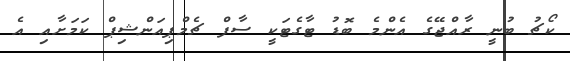
ކޯޗު ބުނީ ރާއްޖޭގެ އެންމެ ބޮޑު ޓާގެޓަކީ ސާފް ޗެމްޕިއަންޝިޕް ކަމަށާއި އެ